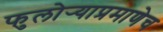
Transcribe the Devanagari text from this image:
फुलोर्‍याप्रमाणेच